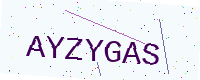
Text: AYZYGAS